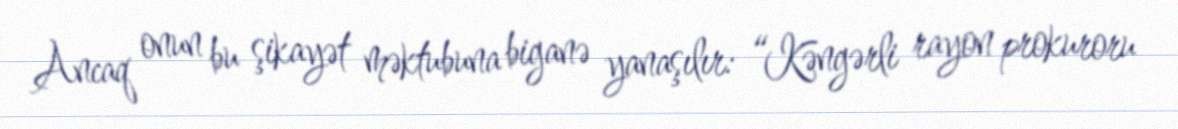
Ancaq onun bu şikayət məktubuna biganə yanaşılır: “Kəngərli rayon prokuroru